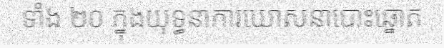
ទាំង ២០ ក្នុងយុទ្ធនាការឃោសនាបោះឆ្នោត